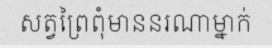
សត្វព្រៃពុំមាននរណាម្នាក់